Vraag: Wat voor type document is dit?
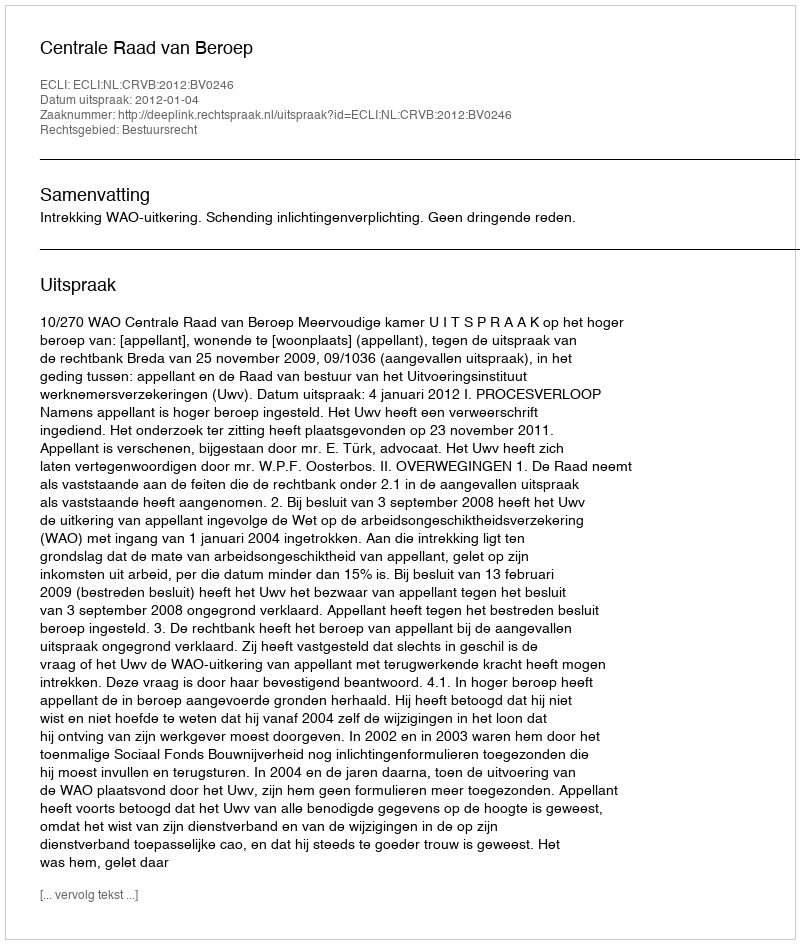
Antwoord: Uitspraak